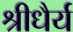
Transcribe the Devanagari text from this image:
श्रीधैर्य